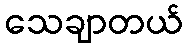
သေချာတယ်